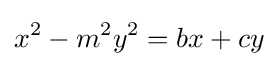
x^{2}-m^{2}y^{2}=bx+cy